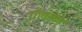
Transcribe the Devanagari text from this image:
गैलाघर